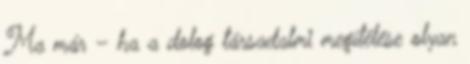
Ma már – ha a dolog társadalmi megítélése olyan